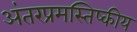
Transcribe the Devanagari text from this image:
अंतरप्रमस्तिष्‍कीय